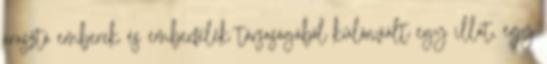
árasztó emberek és emberfélék társaságából különvált egy illat, egy